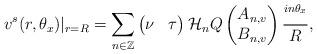
LaTeX: \begin{align*}v^{s}(r,\theta_x)|_{r=R} =\sum_{n \in \mathbb{Z}} \begin{pmatrix}\nu & \tau\end{pmatrix}\mathcal{H}_n Q\begin{pmatrix}A_{n,v} \\ B_{n,v}\end{pmatrix}\frac{^{in \theta_x}}{R},\end{align*}